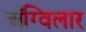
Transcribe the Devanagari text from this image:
अॅग्विलार